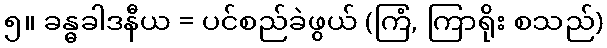
၅။ ခန္ဓခါဒနီယ = ပင်စည်ခဲဖွယ် (ကြံ, ကြာရိုး စသည်)